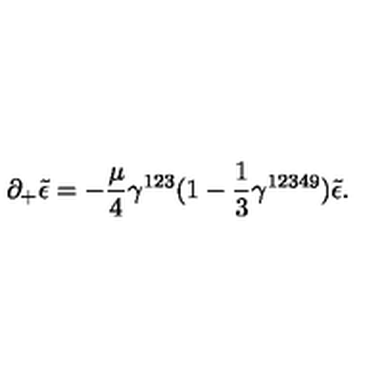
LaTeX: \partial _ { + } \tilde { \epsilon } = - \frac { \mu } { 4 } \gamma ^ { 1 2 3 } ( 1 - \frac { 1 } { 3 } \gamma ^ { 1 2 3 4 9 } ) \tilde { \epsilon } .